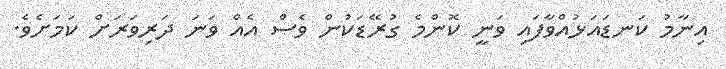
އިނާމު ކަނޑައަޅުއްވާފައި ވަނީ ކޮންމެ ގުރޭޑަކުން ވެސް އެއް ވަނަ ދަރިވަރަށް ކަމަށެވެ.